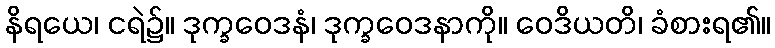
နိရယေ၊ ငရဲ၌။ ဒုက္ခဝေဒနံ၊ ဒုက္ခဝေဒနာကို။ ဝေဒိယတိ၊ ခံစားရ၏။